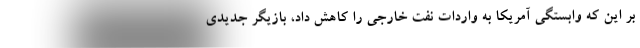
بر این که وابستگی آمریکا به واردات نفت خارجی را کاهش داد، بازیگر جدیدی